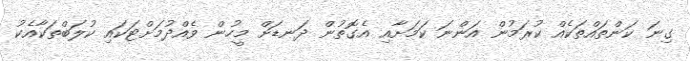
ގިނަ ކަންތައްތަކެއް ކުރަމުން އަންނަ ކަމަށާއި އެގޮތުން ދަނޑަށް މީހުން ވެއްދުމަށްޓަކައި ކުލަބްތަކާއެކު